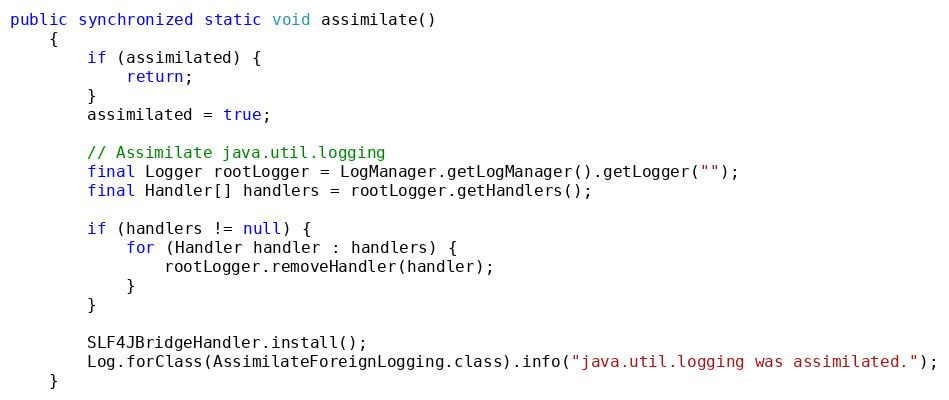
Language: Java
public synchronized static void assimilate()
    {
        if (assimilated) {
            return;
        }
        assimilated = true;

        // Assimilate java.util.logging
        final Logger rootLogger = LogManager.getLogManager().getLogger("");
        final Handler[] handlers = rootLogger.getHandlers();

        if (handlers != null) {
            for (Handler handler : handlers) {
                rootLogger.removeHandler(handler);
            }
        }

        SLF4JBridgeHandler.install();
        Log.forClass(AssimilateForeignLogging.class).info("java.util.logging was assimilated.");
    }